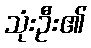
သုံးဦး၏